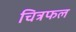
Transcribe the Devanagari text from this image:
चित्रफल